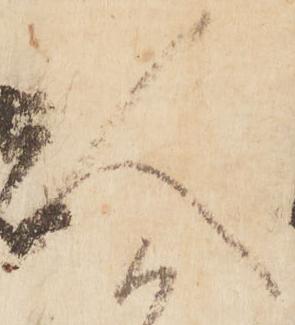
人